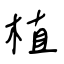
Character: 植